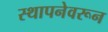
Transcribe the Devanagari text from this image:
स्थापनेवरून